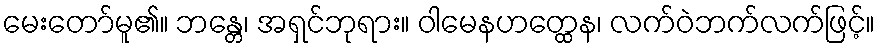
မေးတော်မူ၏။ ဘန္တေ၊ အရှင်ဘုရား။ ဝါမေနဟတ္ထေန၊ လက်ဝဲဘက်လက်ဖြင့်။